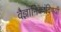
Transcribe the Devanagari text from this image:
वैज्ञानिकांविषयी